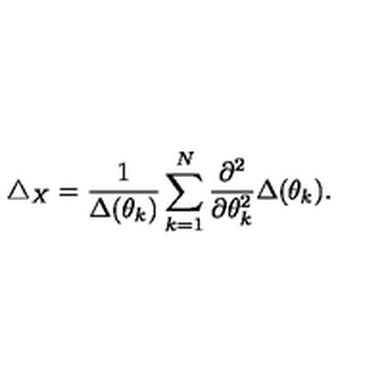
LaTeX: \triangle _ { X } = \frac { 1 } { \Delta ( \theta _ { k } ) } \sum _ { k = 1 } ^ { N } \frac { \partial ^ { 2 } } { \partial \theta _ { k } ^ { 2 } } \Delta ( \theta _ { k } ) .